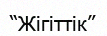
“Жігіттік”